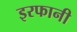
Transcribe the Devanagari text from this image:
इरफानी